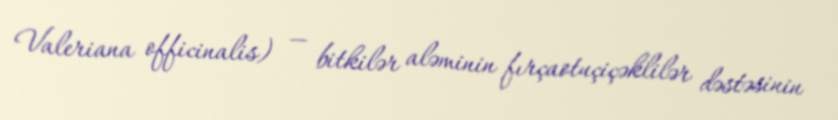
Valeriana officinalis) — bitkilər aləminin fırçaotuçiçəklilər dəstəsinin